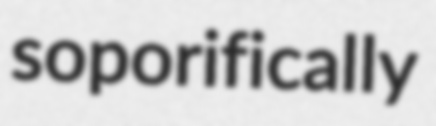
soporifically